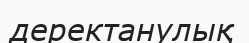
деректанулық